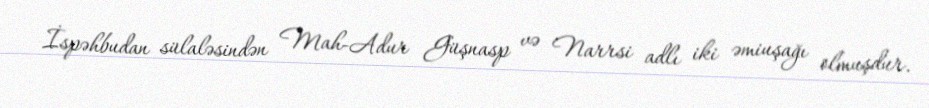
İspəhbudan sülaləsindən Mah-Adur Güşnasp və Narrsi adlı iki əmiuşağı olmuşdur.